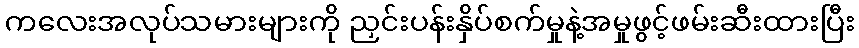
ကလေးအလုပ်သမားများကို ညှင်းပန်းနှိပ်စက်မှုနဲ့အမှုဖွင့်ဖမ်းဆီးထားပြီး